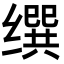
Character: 𦈝